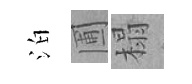
泊圃榻